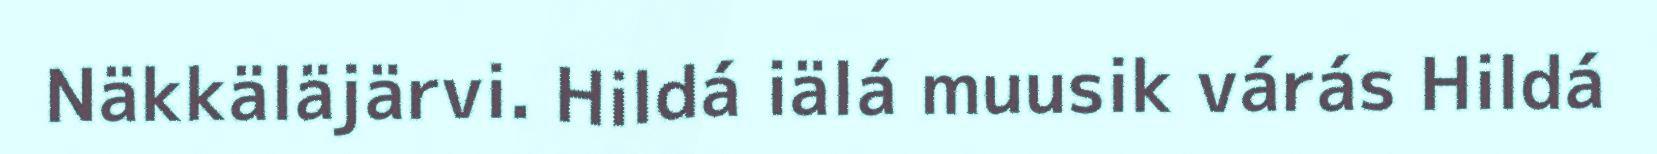
Näkkäläjärvi. Hildá iälá muusik várás Hildá